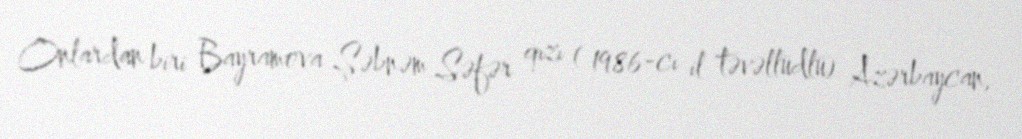
Onlardan biri Bayramova Şəbnəm Səfər qızı ( 1986-cı il təvəllüdlü) Azərbaycan,